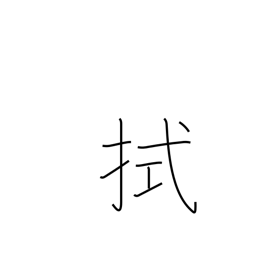
Meaning: mop